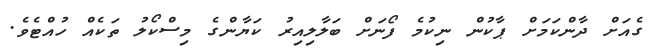
ގެއަށް ދާންކަމަށް ޕާކުން ނިކުމެ ފޯނަށް ބަލާލިއިރު ކަޔާންގެ މިސްކޯލު ތަކެއް ހުއްޓެވެ.